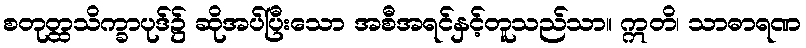
စတုတ္ထသိက္ခာပုဒ်၌ ဆိုအပ်ပြီးသော အစီအရင်နှင့်တူသည်သာ။ ဣတိ၊ သာဓာရဏ